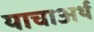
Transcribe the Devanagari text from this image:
याचाअर्थ